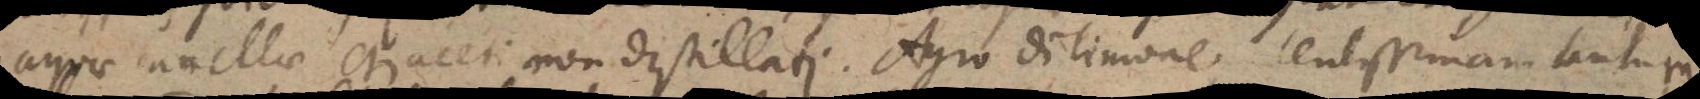
aquae canellae et aceti non distillati. Agro di limone lentissimam tantum